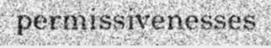
permissivenesses